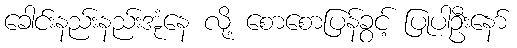
ခေါင်းနည်းနည်းအုံနေ လို့ စောစောပြန်ခွင့် ပြုပါဦးနော်